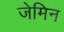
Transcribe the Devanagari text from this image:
जेमिन